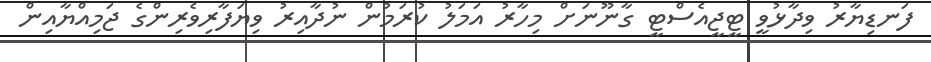
ފަނޑިޔާރު ވިދާޅުވީ ޓީޖީއެސްޓީ ގާނޫނަށް މިހާރު އަމަލު ކުރަމުން ނުދާއިރު ވިޔަފާރިވެރިންގެ ޖަމިއްޔާއިން